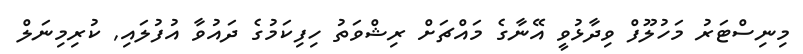
މިނިސްޓަރު މަހުލޫފް ވިދާޅުވީ އޭނާގެ މައްޗަށް ރިޝްވަތު ހިފިކަމުގެ ދައުވާ އުފުލައި